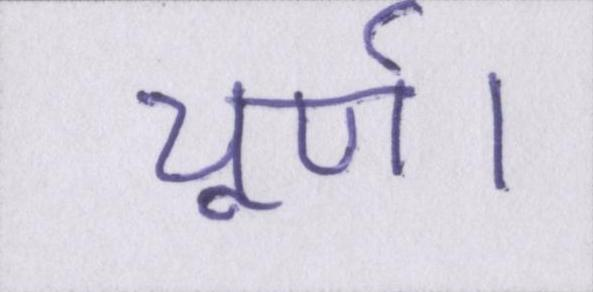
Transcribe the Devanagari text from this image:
चूर्ण।